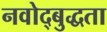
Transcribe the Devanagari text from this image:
नवोद्बुद्धता